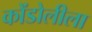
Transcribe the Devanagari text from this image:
कोंडोलीला